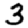
Digit: 3